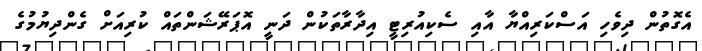
އެގޮތުން ދިވެހި އަސްކަރިއްޔާ އާއި ސެކިއުރިޓީ އިދާރާތަކުން ދަނީ އޮޕަރޭޝަންތައް ކުރިއަށް ގެންދިޔުމުގެ